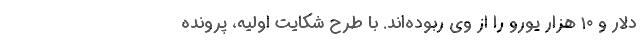
دلار و ۱۰ هزار یورو را از وی ربوده‌اند. با طرح شکایت اولیه، پرونده